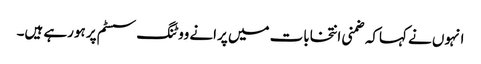
انہوں نے کہاکہ ضمنی انتخابات میں پرانے ووٹنگ سسٹم پر ہورہے ہیں۔